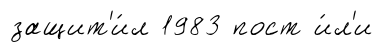
защит'и́л 1983 пост и́л'и